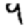
Digit: 9